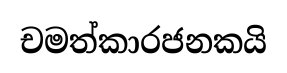
චමත්කාරජනකයි